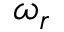
\omega _ { r }